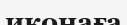
иконаға